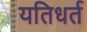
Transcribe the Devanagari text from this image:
यतिधर्त